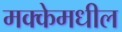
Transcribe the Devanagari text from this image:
मक्केमधील